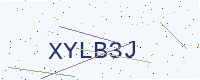
Text: XYLB3J